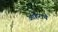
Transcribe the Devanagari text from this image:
आहेराचे